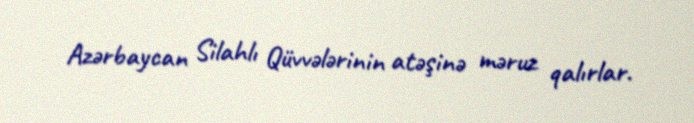
Azərbaycan Silahlı Qüvvələrinin atəşinə məruz qalırlar.